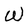
Character: W